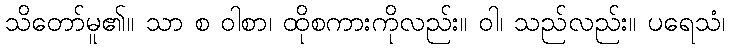
သိတော်မူ၏။ သာ စ ဝါစာ၊ ထိုစကားကိုလည်း။ ဝါ၊ သည်လည်း။ ပရေသံ၊